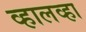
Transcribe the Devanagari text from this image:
व्हालव्हा